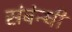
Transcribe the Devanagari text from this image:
संबंन्धी